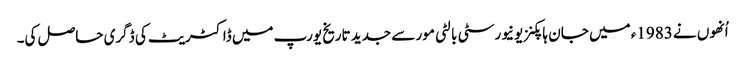
اُنھوں نے 1983ء میں جان ہاپکنز یونیورسٹی بالٹی مور سے جدید تاریخ یورپ میں ڈاکٹریٹ کی ڈگری حاصل کی۔